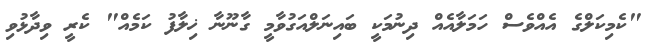
"ކެމިކަލްގެ އެއްވެސް ހަމަލާއެއް ދިނުމަކީ ބައިނަލްއަގުވާމީ ގާނޫނާ ޚިލާފު ކަމެއް" ކެރީ ވިދާޅުވި